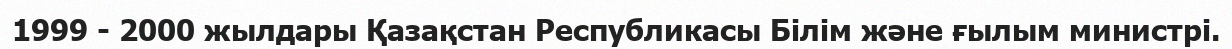
1999 - 2000 жылдары Қазақстан Республикасы Білім және ғылым министрі.